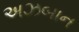
અઝબાન